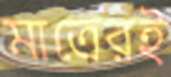
মাত্রেরই